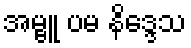
အမ္ဗူ ပမ နိဒ္ဒေသ